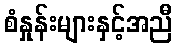
စံနှုန်းများနှင့်အညီ